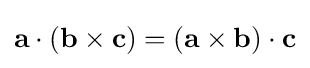
\mathbf {a} \cdot (\mathbf {b} \times \mathbf {c} )=(\mathbf {a} \times \mathbf {b} )\cdot \mathbf {c}